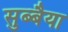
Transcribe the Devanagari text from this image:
सुब्बैया